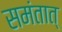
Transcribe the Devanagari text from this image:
समंतात्